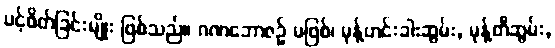
ပင့်ဖိတ်ခြင်းမျိုး ဖြစ်သည်။ ဂဏဘောဇဉ် မဖြစ်၊ မုန့်ဟင်းခါးဆွမ်း, မုန့်တီဆွမ်း,